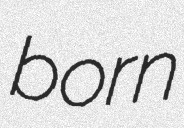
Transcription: born